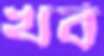
খর্ব